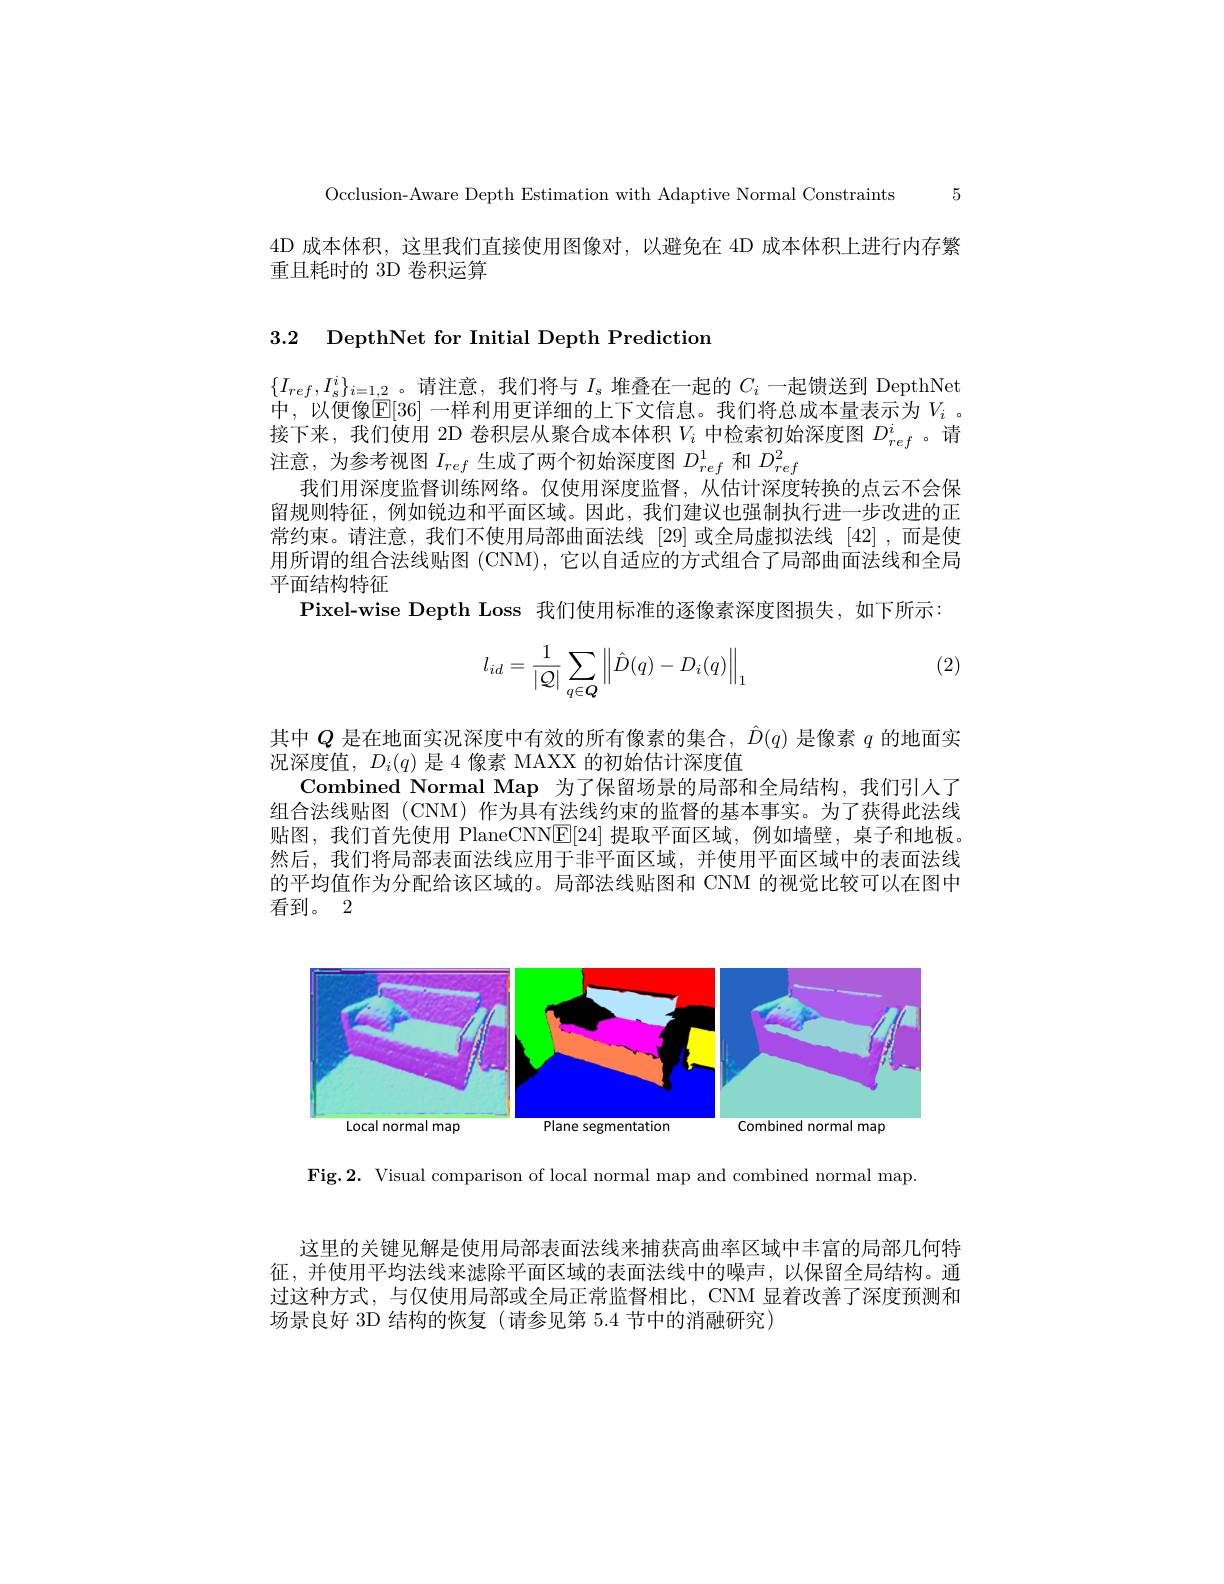
Occlusion-Aware Depth Estimation with Adaptive Normal Constraints 5

4D 成本体积，这里我们直接使用图像对，以避免在 4D 成本体积上进行内存繁
重且耗时的 3D 卷积运算

3.2 DepthNet for Initial Depth Prediction

$\{I_{ref},I_{s}^{i}\}_{i=1,2}$ 。请注意，我们将与$I_s$堆叠在一起的$C_i$一起馈送到 DepthNet 中，以便像$\mathbb{E}[36]$ 一样利用更详细的上下文信息。我们将总成本量表示为 $V_i$ 。接下来，我们使用 2D 卷积层从聚合成本体积$V_i$中检索初始深度图$D_{ref}^i$。请注意，为参考视图$I_ref$生成了两个初始深度图$D_{ref}^1$和$D_{ref}^2$
我们用深度监督训练网络。仅使用深度监督，从估计深度转换的点云不会保留规则特征，例如锐边和平面区域。因此，我们建议也强制执行进一步改进的正常约束。请注意，我们不使用局部曲面法线[29]或全局虚拟法线[42],而是使用所谓的组合法线贴图 (CNM), 它以自适应的方式组合了局部曲面法线和全局平面结构特征
Pixel-wise Depth Loss 我们使用标准的逐像素深度图损失，如下所示

(2)
$$l_{id}=\frac{1}{|\mathcal{Q}|}\sum\limits_{q\in\boldsymbol{Q}}\left\|\hat{D}(q)-D_i(q)\right\|_1$$
其中$Q$是在地面实况深度中有效的所有像素的集合，$\hat{D}(q)$是像素$q$的地面实
况深度值，$D_i(q)$是 4 像素 MAXX 的初始估计深度值
Combined Normal Map 为了保留场景的局部和全局结构，我们引人了组合法线贴图 (CNM) 作为具有法线约束的监督的基本事实。为了获得此法线贴图，我们首先使用 PlaneCNN[E[24] 提取平面区域，例如墙壁，桌子和地板。然后，我们将局部表面法线应用于非平面区域，并使用平面区域中的表面法线的平均值作为分配给该区域的。局部法线贴图和 CNM 的视觉比较可以在图中看到。2

<FigureHere>

Fig.2. Visual comparison of local normal map and combined normal map

这里的关键见解是使用局部表面法线来捕获高曲率区域中丰富的局部几何特征，并使用平均法线来滤除平面区域的表面法线中的噪声，以保留全局结构。通过这种方式，与仅使用局部或全局正常监督相比，CNM 显着改善了深度预测和场景良好 3D 结构的恢复 (请参见第 5.4 节中的消融研究)